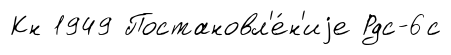
Кн 1949 Постановл'е́н'иjе Рдс-6с